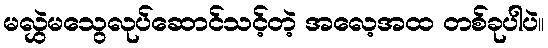
မလွှဲမသွေလုပ်ဆောင်သင့်တဲ့ အလေ့အထ တစ်ခုပါပဲ။